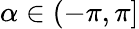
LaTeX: \alpha\in(-\pi,\pi]